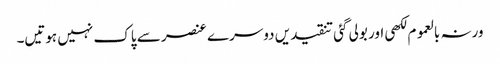
ورنہ بالعموم لکھی اور بولی گئی تنقیدیں دوسرے عنصر سے پاک نہیں ہوتیں۔